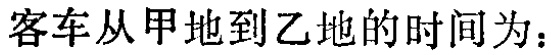
客车从甲地到乙地的时间为：